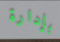
بإدارة